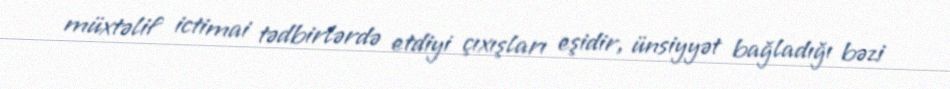
müxtəlif ictimai tədbirlərdə etdiyi çıxışları eşidir, ünsiyyət bağladığı bəzi